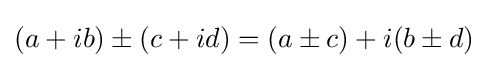
(a+ib)\pm (c+id)=(a\pm c)+i(b\pm d)